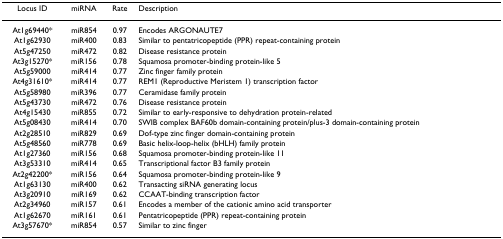
| Locus ID | miRNA | Rate | Description |
 | --- | --- | --- | --- |
 | At1g69440* | miR854 | 0.97 | Encodes ARGONAUTE7 |
 | At1g62930 | miR400 | 0.83 | Similar to pentatricopeptide (PPR) repeat-containing protein |
 | At5g47250 | miR472 | 0.82 | Disease resistance protein |
 | At3g15270* | miR156 | 0.78 | Squamosa promoter-binding protein-like 5 |
 | At5g59000 | miR414 | 0.77 | Zinc finger family protein |
 | At4g31610* | miR414 | 0.77 | REM1 (Reproductive Meristem 1) transcription factor |
 | At5g58980 | miR396 | 0.77 | Ceramidase family protein |
 | At5g43730 | miR472 | 0.76 | Disease resistance protein |
 | At4g15430 | miR855 | 0.72 | Similar to early-responsive to dehydration protein-related |
 | At5g08430 | miR414 | 0.70 | SWIB complex BAF60b domain-containing protein/plus-3 domain-containing protein |
 | At2g28510 | miR829 | 0.69 | Dof-type zinc finger domain-containing protein |
 | At5g48560 | miR778 | 0.69 | Basic helix-loop-helix (bHLH) family protein |
 | At1g27360 | miR156 | 0.68 | Squamosa promoter-binding protein-like 11 |
 | At3g53310 | miR414 | 0.65 | Transcriptional factor B3 family protein |
 | At2g42200* | miR156 | 0.64 | Squamosa promoter-binding protein-like 9 |
 | At1g63130 | miR400 | 0.62 | Transacting siRNA generating locus |
 | At3g20910 | miR169 | 0.62 | CCAAT-binding transcription factor |
 | At2g34960 | miR157 | 0.61 | Encodes a member of the cationic amino acid transporter |
 | At1g62670 | miR161 | 0.61 | Pentatricopeptide (PPR) repeat-containing protein |
 | At3g57670* | miR854 | 0.57 | Similar to zinc finger |